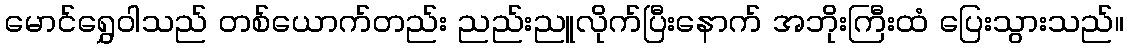
မောင်ရွှေဝါသည် တစ်ယောက်တည်း ညည်းညူလိုက်ပြီးနောက် အဘိုးကြီးထံ ပြေးသွားသည်။